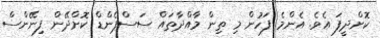
ކޮށްދީފަ އެވެ. އެންމެ ފަހުން މި ތިން މާއްދާތައް ސަސްޕެންޑް ކޮށްދޭން ފިނޭންސް